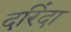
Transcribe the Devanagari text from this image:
दरिंदा